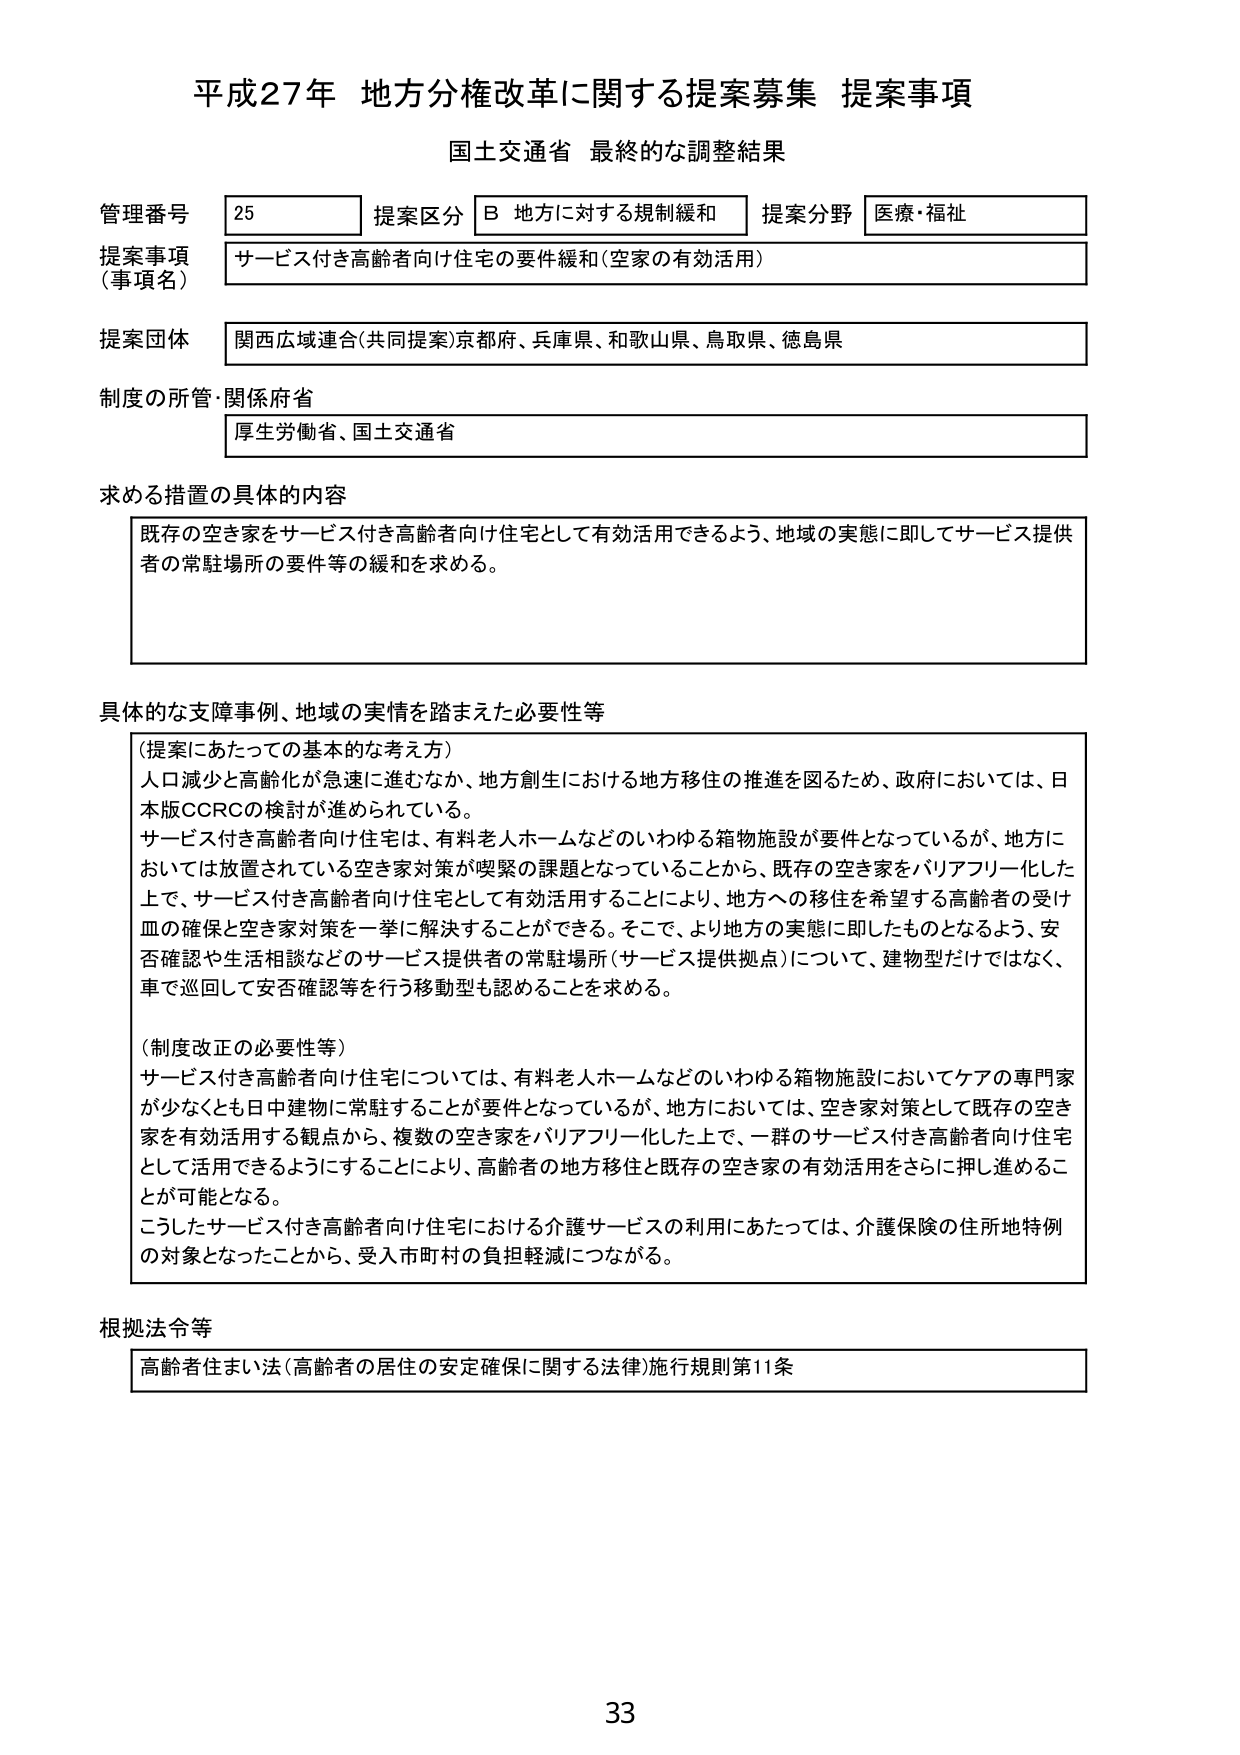
平成27年 地方分権改革に関する提案募集 提案事項
国土交通省 最終的な調整結果

管理番号 25 提案区分 B 地方に対する規制緩和 提案分野 医療・福祉
提案事項（事項名） サービス付き高齢者向け住宅の要件緩和（空家の有効活用）
提案団体 関西広域連合（共同提案）京都府、兵庫県、和歌山県、鳥取県、徳島県
制度の所管・関係府省 厚生労働省、国土交通省

求める措置の具体的内容
既存の空き家をサービス付き高齢者向け住宅として有効活用できるよう、地域の実態に即してサービス提供者の常駐場所の要件等の緩和を求める。

具体的な支障事例、地域の実情を踏まえた必要性等
（提案にあたっての基本的な考え方）
人口減少と高齢化が急速に進むなか、地方創生における地方移住の推進を図るため、政府においては、日本版CCRCの検討が進められている。
サービス付き高齢者向け住宅は、有料老人ホームなどのいわゆる箱物施設が要件となっているが、地方においては放置されている空き家対策が喫緊の課題となっていることから、既存の空き家をバリアフリー化した上で、サービス付き高齢者向け住宅として有効活用することにより、地方への移住を希望する高齢者の受け皿の確保と空き家対策を一挙に解決することができる。そこで、より地方の実態に即したものとなるよう、安否確認や生活相談などのサービス提供者の常駐場所（サービス提供拠点）について、建物型だけではなく、車で巡回して安否確認等を行う移動型も認めることを求める。

（制度改正の必要性等）
サービス付き高齢者向け住宅については、有料老人ホームなどのいわゆる箱物施設においてケアの専門家が少なくとも日中建物に常駐することが要件となっているが、地方においては、空き家対策として既存の空き家を有効活用する観点から、複数の空き家をバリアフリー化した上で、一群のサービス付き高齢者向け住宅として活用できるようにすることにより、高齢者の地方移住と既存の空き家の有効活用をさらに押し進めることが可能となる。
こうしたサービス付き高齢者向け住宅における介護サービスの利用にあたっては、介護保険の住所地特例の対象となったことから、受入市町村の負担軽減につながる。

根拠法令等
高齢者住まい法（高齢者の居住の安定確保に関する法律）施行規則第11条

33